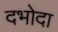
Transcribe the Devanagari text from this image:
दभोदा